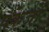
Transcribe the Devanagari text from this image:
पकेजों